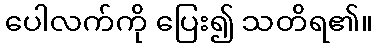
ပေါလက်ကို ပြေး၍ သတိရ၏။